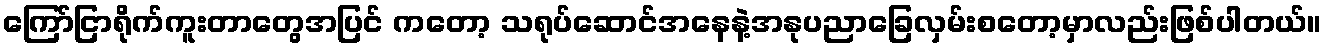
ကြော်ငြာရိုက်ကူးတာတွေအပြင် ကတော့ သရုပ်ဆောင်အနေနဲ့အနုပညာခြေလှမ်းစတော့မှာလည်းဖြစ်ပါတယ်။